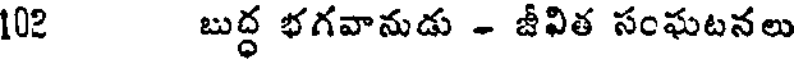
102 బుద్ధ భగవానుడు - జీవిత సంఘటనలు